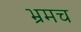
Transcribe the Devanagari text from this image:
भ्रमच